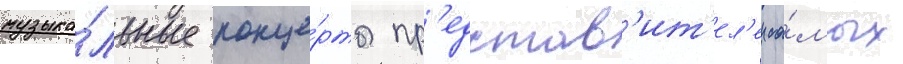
музыка́льные конце́рты пр'едстав'ит'ел'еи са́мых